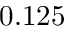
0 . 1 2 5